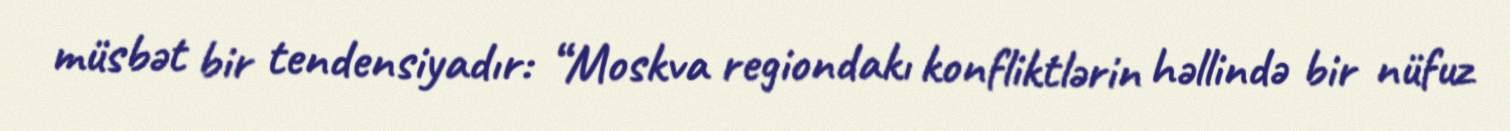
müsbət bir tendensiyadır: “Moskva regiondakı konfliktlərin həllində bir nüfuz